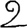
Digit: 2